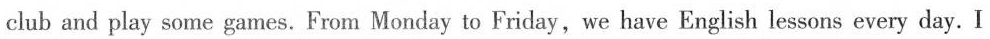
club and play some games. From Monday to Friday, we have English lessons every day. I